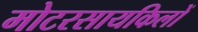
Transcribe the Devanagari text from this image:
मोटरसायकिलों